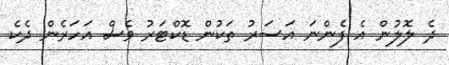
ދެ ލޮލުން އެ ފެންނަ އަސަރު ތަކުން ޑޮކްޓަރު ވެސް އަހަރެން ދެކެ